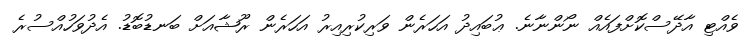
ވެއްޓި އާދޭސްކޮށްފައެއް ނޯންނާނެ. ޢުބައިދު އަހަރެން ވަރިކުރިއިރު އަހަރެން ރޫޝާއަށް ބަނޑުބޮޑު. އެދުވަހުއްސުރެ